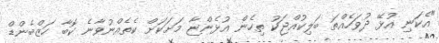
"އެކަނި އުޅޭ ދުވަހެއްތަ ބަލިކުއްޖަކު ތިހެން އުޅެންޏާ މަށަކަށް ކެތެއްނުވާނެ ކޮބާ ހަޒްބެންޑް